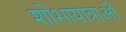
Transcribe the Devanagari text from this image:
शोभायात्राओं